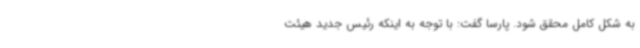
به شکل کامل محقق شود. پارسا گفت: با توجه به اینکه رئیس جدید هیئت